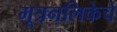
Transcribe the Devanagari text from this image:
मूत्रनलिकेचे